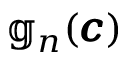
\mathbb { g } _ { n } ( \pmb { c } )